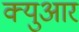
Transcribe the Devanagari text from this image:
क्युआर